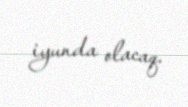
iyunda olacaq.